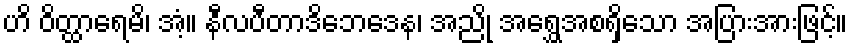
ဟိ ဝိတ္ထာရေမိ၊ အံ့။ နီလပီတာဒိဘေဒေန၊ အညို အရွှေအစရှိသော အပြားအားဖြင့်။